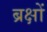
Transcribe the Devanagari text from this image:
ब्रक्षों